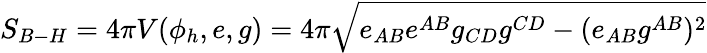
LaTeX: S_{B-H}=4\pi V(\phi_{h},e,g)=4\pi\sqrt{e_{AB}e^{AB}g_{CD}g^{CD}-(e_{AB}g^{AB})^{2}}